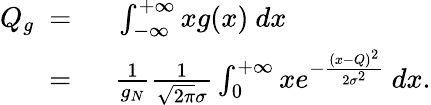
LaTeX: \begin{array}{rl}{Q_{g}\ =\ }&{{}\int_{-\infty}^{+\infty}xg(x)\ dx}\\ {\ =\ }&{{}\frac{1}{g_{N}}\frac{1}{\sqrt{2\pi}\sigma}\int_{0}^{+\infty}xe^{-\frac{(x-Q)^{2}}{2\sigma^{2}}}\ dx.}\end{array}